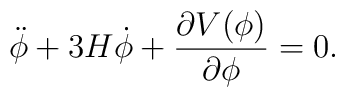
\ddot\phi+3H\dot\phi+{\partial V(\phi)\over\partial\phi}=0.